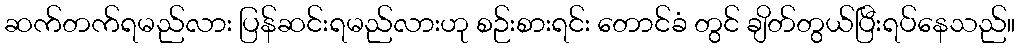
ဆက်တက်ရမည်လား ပြန်ဆင်းရမည်လားဟု စဉ်းစားရင်း တောင်ခံ တွင် ချိတ်တွယ်ပြီးရပ်နေသည်။